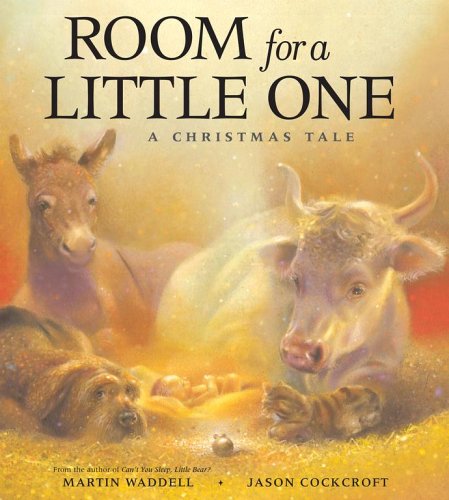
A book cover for Room for a Little One: A Christmas Tale; Martin Waddell; Christian Books & Bibles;